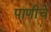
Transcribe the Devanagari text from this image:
पाणीचे